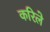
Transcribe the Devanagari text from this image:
करिले